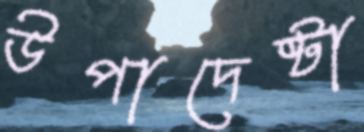
উপাদেষ্টা